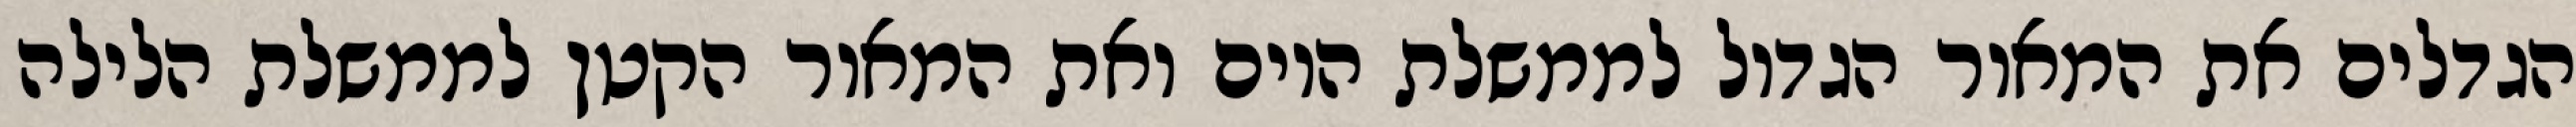
הגדלים את המאור הגדול לממשלת היום ואת המאור הקטן לממשלת הלילה